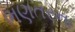
ભણતરના